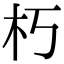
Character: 朽